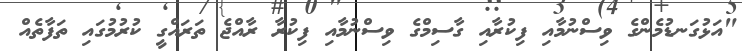
"އަޅުގަނޑުމެންގެ ވިސްނުމާއި ފިކުރާއި ގާސިމްގެ ވިސްނުމާއި ފިކުރާ ރާއްޖެ ތަރައްގީ ކުރުމުގައި ތަފާތެއް